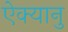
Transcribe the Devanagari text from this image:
ऐक्यानु